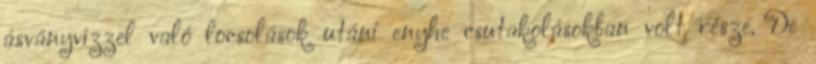
ásványvízzel való locsolások utáni enyhe csutakolásokban volt része. De